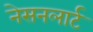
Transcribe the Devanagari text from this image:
नेसनलार्ट